Civil Veterinary Department. Madras. Admin. report 1910-25 - 1910-1925
Year: 1910
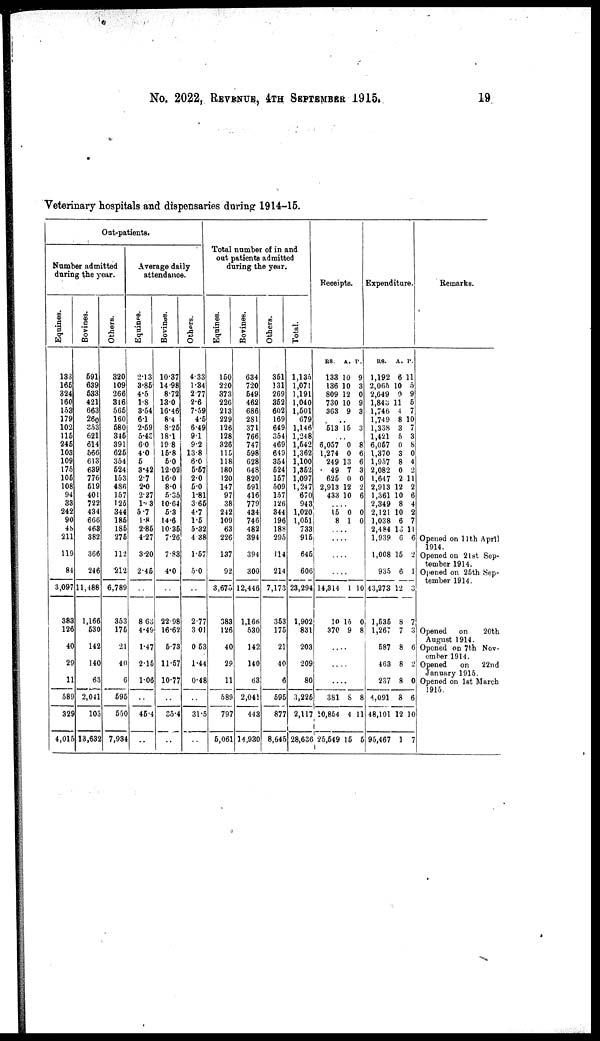
No. 2022, REVENUE, 4TH SEPTEMBER 1915.
19
Veterinary hospitals and dispensaries during 1914 -15.
Out-patients.
Number admitted
during the year.
Equines.
133
165
324
160
153
179
102
115
245
103
109
175
105
108
94
33
242
90
48
211
119
84
3,097
383
126
40
29
11
589
329
4,015
Bovines.
591
639
533
421
663
260
353
621
614
566
613
639
776
519
401
722
434
666
463
382
366
246
11,488
1,166
530
142
140
63
2,041
103
13,635
Others.
320
109
266
316
565
160
580
345
391
625
354
524
153
486
157
125
344
185
185
275
112
212
6,789
353
175
21
40
6
595
550
7,934
Average daily
attendance.
Equines.
2.13
3.85
4.5
1.8
3.54
6.1
2.59
5.43
6.0
4.0
5
3.42
2.7
2.0
2.27
17.3
5.7
1. 8
2.85
4.27
3.20
2.45
..
8.63
4.49
1.47
2.15
1.06
..
45.4
..
Bovines.
10.37
14.98
8.72
13.0
16.46
8.4
8.26
18.1
19.8
15.8
5.0
12.02
16.0
8.0
5.35
10.64
5.3
14.6
10.35
7.26
7.83
4.0
..
22.98
16.62
5.73
11.57
10.77
..
35.4
..
Others.
4.33
1.34
2.77
2.6
7.59
4.5
6.49
9.1
9.2
13.8
6.0
5.57
2.0
5.0
1.81
3.65
4.7
1.5
5.32
4. 38
1 .57
5 .0
..
2.77
3 .01
0 .53
1.44
0.48
..
31.5
..
Total number of in and
out patients admitted
during the year.
Equines.
150
220
373
226
213
229
126
128
326
115
118
180
120
147
97
38
242
109
63
226
137
92
3,675
383
126
40
29
11
589
797
5,061
Bovines.
634
720
649
462
686
281
371
766
747
598
628
648
820
691
416
779
434
746
482
394
394
300
12,446
1,166
530
142
140
63
2,041
443
14,930
Others.
351
131
269
352
602
169
649
354
469
649
354
524
157
509
157
126
344
196
188
295
114
214
7,173
353
175
21
40
6
595
877
8,645
Total.
1,135
1,071
1,191
1,040
1,501
679
1,146
1,24 8
1,542
1,362
1,100
1,352
1,097
1,247
670
943
1,020
1,051
733
915
645
606
23,294
1,902
831
203
209
80
3,225
2,117
28,636
Receipts.
RS.
133
136
809
730
363
A.
10
10
12
10
9
P.
9
3
0
9
3
..
513 15 3
..
6,057
1,274
249
49
625
2,913
433
0
0
13
7
0
12
10
8
6
6
3
0
2
6
....
15
8
0
1
0
0
....
....
....
....
14,314
10
370
1
15
9
10
0
8
....
....
....
381
10,854
25,549
8
4
15
8
11
5
Expenditure.
RS.
1,192
2,065
2,649
1,843
1,746
1,749
1,338
1,421
6,057
1,370
1,957
2,082
1,647
2,913
1,361
2,349
2,121
1,038
2,484
1,939
1,008
935
43,273
1,535
1,267
587
463
237
4,091
48,101
95,467
A.
6
10
9
11
4
8
3
5
0
3
8
0
2
12
10
8
10
6
10
6
15
6
12
8
7
8
8
8
8
12
1
P.
11
5
9
5
7
10
7
3
8
0
4
2
11
2
6
4
2
7
11
6
2
1
3
7
3
6
2
0
6
10
7
Remarks.
Opened on 11th April
1914.
Opened on 21st Sep-
tember 1914.
Opened on 25th Sep-
tember 1914.
Opened
on
20th
August 1914.
Opened on 7th Nov-
ember 1914.
Opened
on
22nd
January 1915.
Opened on 1st March
1915